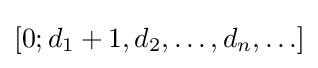
[0;d_{1}+1,d_{2},\ldots ,d_{n},\ldots ]